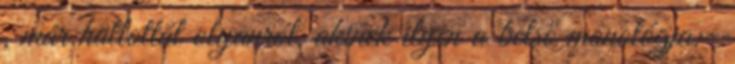
, már hallottál olyanról, akinek ilyen a belső monológja:-